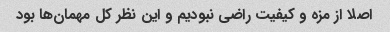
اصلا از مزه و کیفیت راضی نبودیم و این نظر کل مهمان‌ها بود